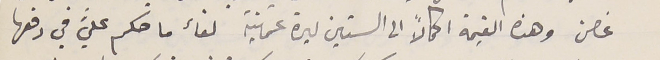
غصن وهذه القيمة اكمالاً الى الستين ليرة عثمانية لقاء ما حكم عليَّ في دفعها